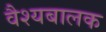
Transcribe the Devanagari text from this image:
वैश्यबालक